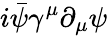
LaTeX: i{\bar{\psi}}\gamma^{\mu}\partial_{\mu}\psi